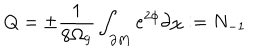
Q = \pm \frac { 1 } { 8 \Omega _ { 9 } } \int _ { \partial M } e ^ { 2 \phi } \partial \chi : = N _ { - 1 }